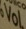
VoL